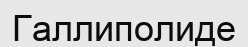
Галлиполиде